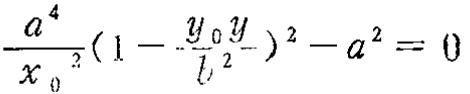
\frac{a^{4}}{x_{0}^{2}}(1 - \frac{y_{0}y}{l^{2}})^{2} - a^{2} = 0